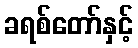
ခရစ်တော်နှင့်